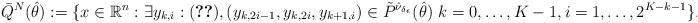
LaTeX: \begin{align*}\bar Q^N (\hat \theta) := \{x\in\mathbb{R}^{n} : \exists y_{k,i} : \eqref{eq:towerLinear} , (y_{k,2i-1}, y_{k,2i}, y_{k+1,i}) \in \tilde P^{\hat \nu_{\delta_\epsilon}} ( \hat \theta) \ k=0,\dots,K-1, i=1,\dots, 2^{K-k-1} \},\end{align*}